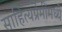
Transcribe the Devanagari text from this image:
साहित्यप्रेमींमध्ये